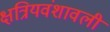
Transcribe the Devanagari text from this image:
क्षत्रियवंशावली